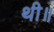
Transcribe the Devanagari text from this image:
थी॥